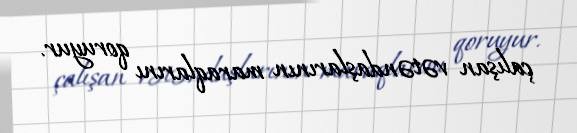
çalışan vətəndaşlarının maraqlarını qoruyur.